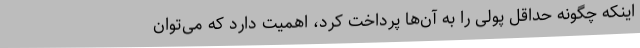
اینکه چگونه حداقل پولی را به آن‌ها پرداخت کرد، اهمیت دارد که می‌توان